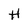
Character: H